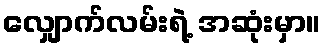
လျှောက်လမ်းရဲ့ အဆုံးမှာ။